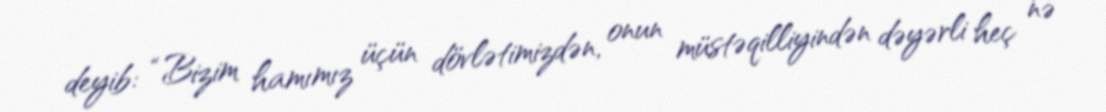
deyib: “Bizim hamımız üçün dövlətimizdən, onun müstəqilliyindən dəyərli heç nə